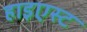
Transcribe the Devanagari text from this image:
हाइएस्ट